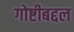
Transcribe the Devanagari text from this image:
गोष्टीबद्दल